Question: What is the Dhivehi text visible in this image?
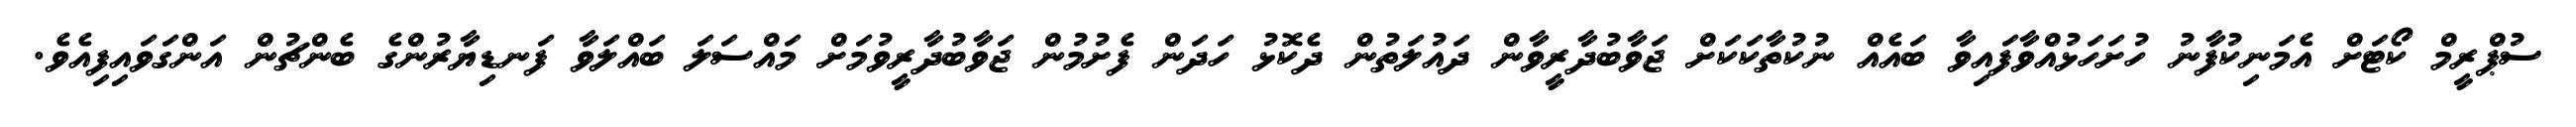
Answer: ސުޕްރީމް ކޯޓަށް އެމަނިކުފާނު ހުށަހަޅުއްވާފައިވާ ބައެއް ނުކުތާކަކަށް ޖަވާބުދާރީވާން ދައުލަތުން ދެކޮޅު ހަދަން ފެށުމުން ޖަވާބުދާރީވުމަށް މައްސަލަ ބައްލަވާ ފަނޑިޔާރުންގެ ބެންޗުން އަންގަވައިފިއެވެ.